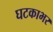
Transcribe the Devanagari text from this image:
घटकाभर